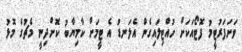
ވަށަފަރުޓީމު ފޮޓޯއަކަށް ހުއްޓިލައިގެން އެލަނޑު އެ ޓީމަށް ކާމިޔާބު ކޮށްދިނީ މެޗުގެ މޮޅު